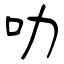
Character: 叻